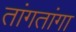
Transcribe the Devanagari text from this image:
तांगतांगा